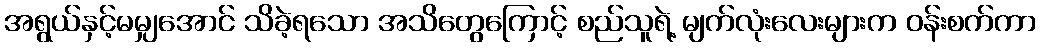
အရွယ်နှင့်မမျှအောင် သိခဲ့ရသော အသိတွေကြောင့် စည်သူရဲ့ မျက်လုံးလေးများက ဝန်းစက်ကာ